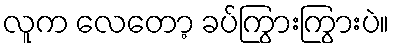
လူက လေတော့ ခပ်ကြွားကြွားပဲ။